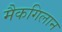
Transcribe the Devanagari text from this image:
मैकगिलान